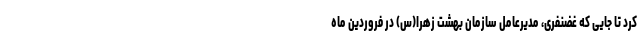
کرد تا جایی که غضنفری، مدیرعامل سازمان بهشت زهرا(س) در فروردین ماه